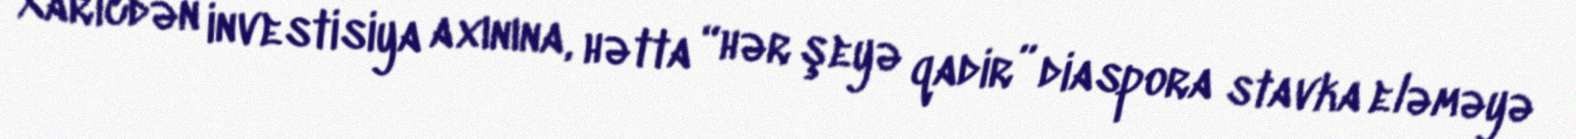
Xaricdən investisiya axınına, hətta “hər şeyə qadir” diaspora stavka eləməyə